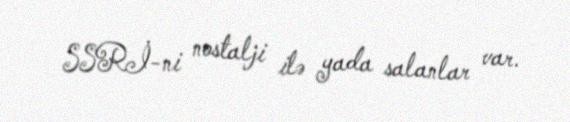
SSRİ-ni nostalji ilə yada salanlar var.